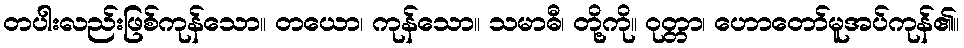
တပါးလည်းဖြစ်ကုန်သော။ တယော၊ ကုန်သော။ သမာဓီ၊ တို့ကို။ ဝုတ္တာ၊ ဟောတော်မူအပ်ကုန်၏။